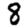
Digit: 8